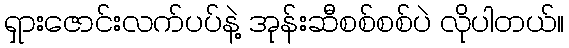
ရှားဇောင်းလက်ပပ်နဲ့ အုန်းဆီစစ်စစ်ပဲ လိုပါတယ်။